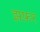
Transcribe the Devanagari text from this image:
झफ़र